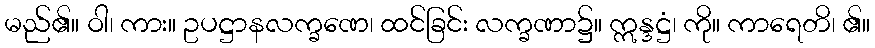
မည်၏။ ဝါ၊ ကား။ ဥပဋ္ဌာနလက္ခဏေ၊ ထင်ခြင်း လက္ခဏာ၌။ ဣန္ဒဋ္ဌံ၊ ကို။ ကာရေတိ၊ ၏။